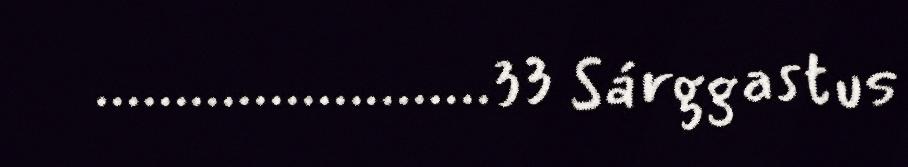
.........................33 Sárggastus